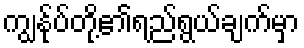
ကျွန်ုပ်တို့၏ရည်ရွယ်ချက်မှာ